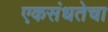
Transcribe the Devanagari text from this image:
एकसंधतेचा